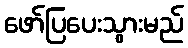
ဖော်ပြပေးသွားမည်